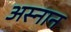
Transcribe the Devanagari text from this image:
अस्नान